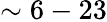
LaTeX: \sim 6-23